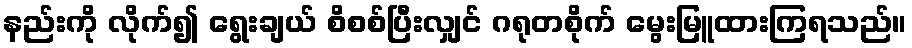
နည်းကို လိုက်၍ ရွေးချယ် စိစစ်ပြီးလျှင် ဂရုတစိုက် မွေးမြူထားကြရသည်။